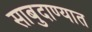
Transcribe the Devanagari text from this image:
साबुदाण्यात